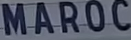
MAROC